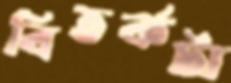
বিতর্কটা